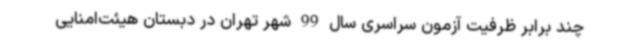
چند برابر ظرفیت آزمون سراسری سال 99 شهر تهران در دبستان هیئت‌امنایی